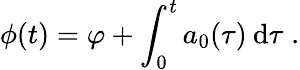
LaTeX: \phi(t)=\varphi+\int_{0}^{t}a_{0}(\tau)\: \mathrm{d}\tau\; .